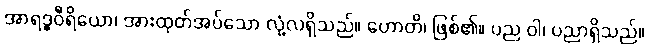
အာရဒ္ဓဝီရိယော၊ အားထုတ်အပ်သော လုံ့လရှိသည်။ ဟောတိ၊ ဖြစ်၏။ ပည ဝါ၊ ပညာရှိသည်။